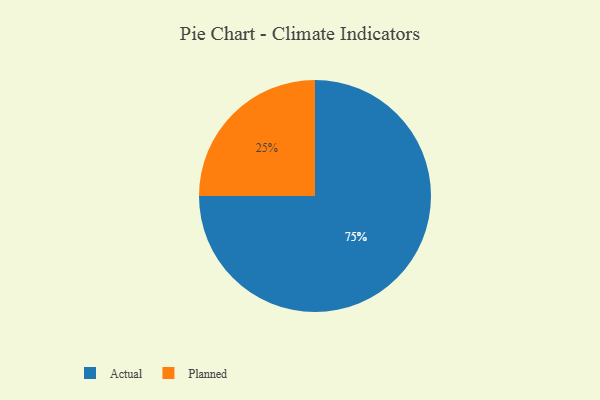
{"axis": {"x": "Category", "y": "Percentage"}, "legend": ["Actual", "Planned"], "data": [{"x": "Planned", "y": 25, "type": "Planned"}, {"x": "Actual", "y": 75, "type": "Actual"}]}